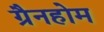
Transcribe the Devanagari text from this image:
ग्रैनहोम